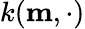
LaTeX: k(\mathbf{m},\cdot)